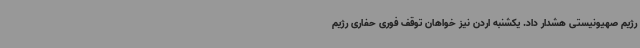
رژیم صهیونیستی هشدار داد. یکشنبه اردن نیز خواهان توقف فوری حفاری رژیم